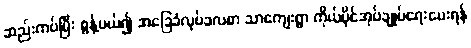
ဆည်းကပ်ပြီး စွန့်ပယ်၍ အခြေခံလုပ်ခလစာ သာကျေးရွာ ကိုယ်ပိုင်အုပ်ချုပ်ရေးပေးရန်